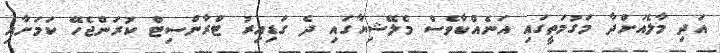
އަދި މާލެއަށްދާ މަގުމަތީގައި އަނެއްކާވެސް މެލޭޝިޔާގައި ދެ ގަޑިއިރު ޓްރާންސިޓް ކުރަންޖެހޭ ކަމަށާއި